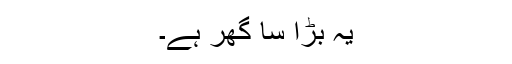
یہ بڑا سا گھر ہے۔